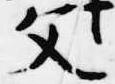
父